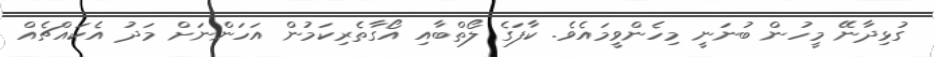
ގުޅިދާނޭ މީހުން ބުނަނީ މިހެންވީމައެވެ. ކާފަގެ ލޯތްބާއި އޯގާތެރިކަމުން އަހަންނަށް މަދު އެކައްޗެއް